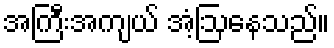
အကြီးအကျယ် အံ့ဩနေသည်။